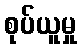
စုပ်ယူမှု